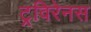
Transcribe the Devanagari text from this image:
ट्रविरेनस